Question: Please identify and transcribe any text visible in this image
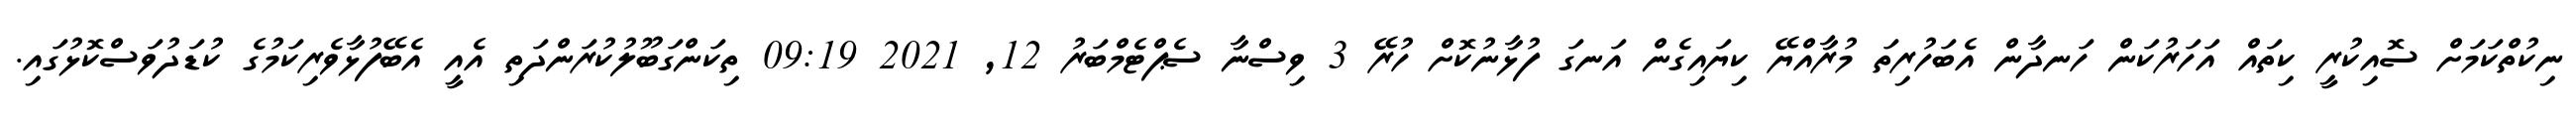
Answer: ނިކުތްކަމަށް ސޮއިކުރީ ކިތައް އަހަރުކަން ހަނދާން އެބަހުރިތަ މުރާއްޔޭ ކިޔައިގެން އަނގަ ފުޅާނުކޮށް ހުރޭ 3 ވިސްނާ ސެޕްޓެމްބަރު 12, 2021 09:19 ތިކަންގަބޫލުކުރަންދަތި އެއީ އެބޭފުޅާވެރިކަމުގެ ކުޑަދުވަސްކޮޅުގައި.